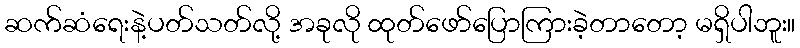
ဆက်ဆံရေးနဲ့ပတ်သတ်လို့ အခုလို ထုတ်ဖော်ပြောကြားခဲ့တာတော့ မရှိပါဘူး။